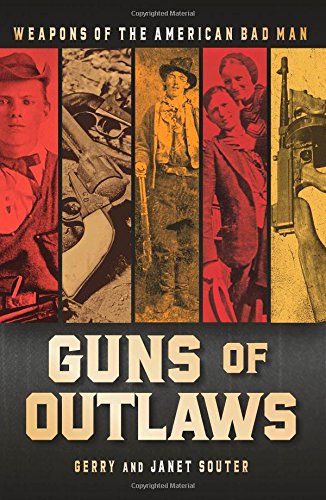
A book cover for Guns of Outlaws: Weapons of the American Bad Man; Gerry Souter; Crafts, Hobbies & Home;